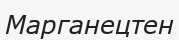
Марганецтен